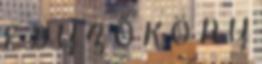
E G Y Z Ő K Ö N Y